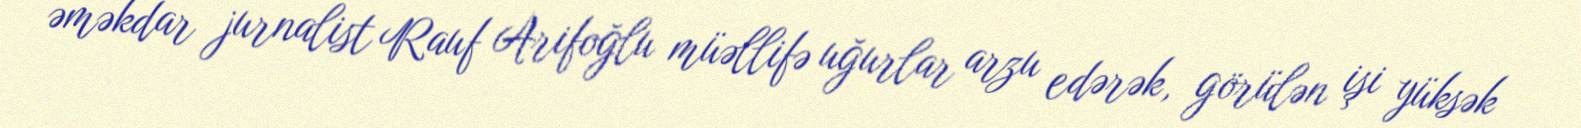
əməkdar jurnalist Rauf Arifoğlu müəllifə uğurlar arzu edərək, görülən işi yüksək